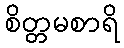
စိတ္တမစာရိ